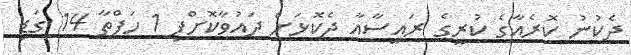
ދެކުނު ކޮރެއާގެ ކުރީގެ ރައީސާއާ ދެކޮޅަށް ދައުވާކޮށްފި 1 ހަފްތާ 14 ގަޑި